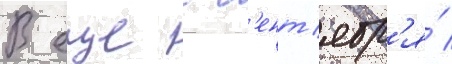
В еще с с'ент'ябр'я́